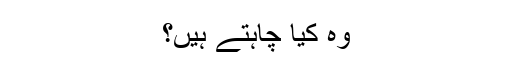
وہ کیا چاہتے ہیں؟